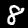
Label: 8